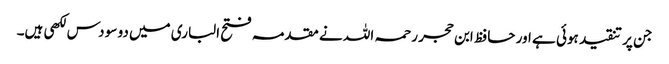
جن پر تنقید ہوئی ہے اور حافظ ابن حجر رحمہ اللہ نے مقدمہ فتح الباری میں دو سو دس لکھی ہیں۔